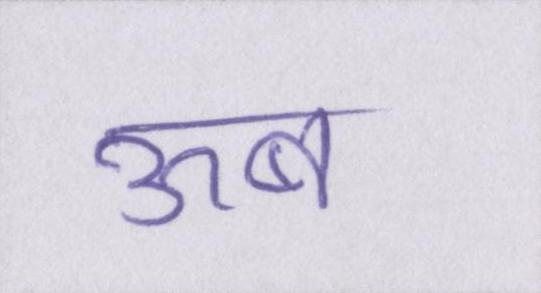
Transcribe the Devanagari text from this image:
ऊब